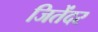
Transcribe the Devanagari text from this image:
जितेंदर